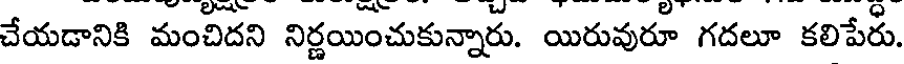
చేయడానికి మంచిదని నిర్ణయించుకున్నారు. యిరువురూ గదలూ కలిపేరు.